Annual report of the Civil Veterinary Department, Bengal, for the year 1895-96 - 1895-1896
Year: 1895
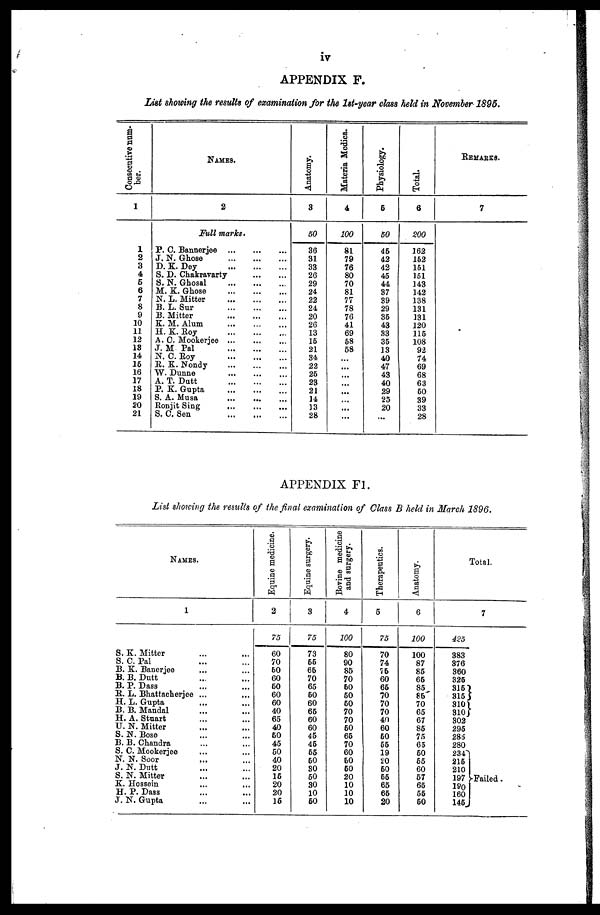
iv
APPENDIX F.
List showing the results of examination for the 1st-year class held in November 1895.
Consecutive num-
ber.
1
1
2
3
4
6
6
7
8
9
10
11
12
13
14
16
16
17
18
19
20
21
NAMES.
2
Full marks.
P. C. Bannerjee
...
...
...
J. N. Ghose
...
...
...
D. K. Dey
...
...
...
S. D. Chakravarty
...
...
S. N. Ghosal
...
...
...
M. K. Ghose
...
...
...
N. L. Mitter
...
...
...
B. L. Sur
...
...
...
B. Mitter
...
...
...
K. M. Alum
...
...
...
H. K. Roy
...
...
...
A. C. Mookerjee
...
...
...
J. M Pal
...
...
...
N. C. Roy
...
...
...
R. K. Nondy
...
...
...
W. Dunne
...
...
...
A. T. Dutt
...
...
...
P. K. Gupta
...
...
...
S. A. Musa
...
...
...
Ronjit Sing
... ... ...
S. C. Sen
...
...
...
Ana t
omy.
3
50
36
31
33
26
29
24
22
24
20
26
13
16
21
34 ...
22 ...
26 ...
23 ...
21 ...
14 ...
13 ...
28 ...
Materia Medica.
4
100
81
79
76
80
70
81
77
78
76
41
69
68
58
Physiology.
6
50
45
42
42
45
44
37
39
29
35
43
33
35
13
40
47
43
40
29
25
20
...
Total.
6
200
162
162
161
151
143
142
138
131
131
120
115
108
92
74
69
68
63
60
39
33
28
REMARKS.
7
APPENDIX F1.
List showing the remits of the final examination of Class B held in March 1896.
NAMES.
1
S. K. Mitter ... ...
S. C. Pal ... ...
B. K. Banerjee ... ...
B. B. Dutt ... ...
B. P. Dass ... ...
R. L. Bhattacherjee ... ...
H. L. Gupta ... ...
B. B. Mandal ... ...
H. A. Stuart ... ...
U. N. Mitter ... ...
S. N. Bose ... ...
B. B. Chandra ... ...
S. C. Mookerjee ... ...
N. N. Soor ... ...
J. N. Dutt ... ...
S. N. Mitter ... ...
K. Hossein ... ...
H. P. Dass ... ...
J. N. Gupta ... ...
Equine medicine.
2
75
60
70
60
60
60
60
60
40
65
40
60
45
60
40
20
15
20
20
16
Equine surgery.
3
73
66
66
70
65
60
60
65
60
60
45
45
55
60
80
60
30
10
60
Bovine medicine
and surgery.
4
100
80
90
85
70
60
60
60
70
70
60
66
70
60
60
60
20
10
10
10
Therapeutics.
5
75
70
74
76
60
66
70
70
70
40
60
60
55
19
20 60
55
65
65
20
Anatomy.
6
100
100
87
85
65
85
85
70
65
67
85
75
65
60
65
60
57
65
55
60
Total.
7
425
383
376
360
326
315
315
310
310
302
295
285
280
234
215
210
197
190
160
145
Failed.